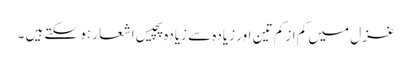
غزل میں کم از کم تین اور زیادہ سے زیادہ پچیس اشعار ہو سکتے ہیں ۔